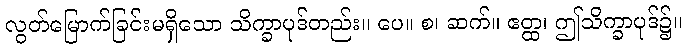
လွတ်မြောက်ခြင်းမရှိသော သိက္ခာပုဒ်တည်း။ ပေ။ စ၊ ဆက်။ ဧတ္ထ၊ ဤသိက္ခာပုဒ်၌။